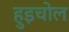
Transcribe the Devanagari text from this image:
हुइचोल